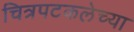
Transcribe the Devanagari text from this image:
चित्रपटकलेच्या